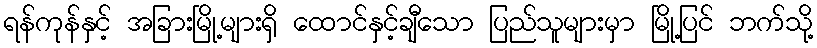
ရန်ကုန်နှင့် အခြားမြို့များရှိ ထောင်နှင့်ချီသော ပြည်သူများမှာ မြို့ပြင် ဘက်သို့